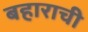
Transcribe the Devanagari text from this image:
बहाराची